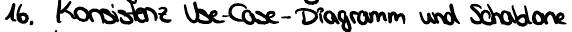
16. Konsistenz Use-Case-Diagramm und Schablone